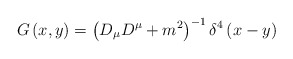
\begin{align*}G\left( x,y\right) =\left( D_{\mu }D^{\mu }+m^{2}\right) ^{-1}\delta^{4}\left( x-y\right) \end{align*}